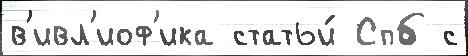
в'ивл'иоф'ика статьи́ Спб с